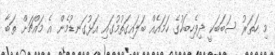
މި ހަތަރު ސަބަބަކީ ދިވެހިބަހުގެ ހަމައެއް ބަލައިގަތުމުގައި އަޅުގަނޑުމެން އެ މައްޗަށް ތަބާ